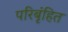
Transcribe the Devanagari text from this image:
परिबृंहित